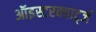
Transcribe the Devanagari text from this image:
ऑइस्टरक्वार्ट्ज